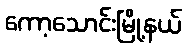
ကော့သောင်းမြို့နယ်